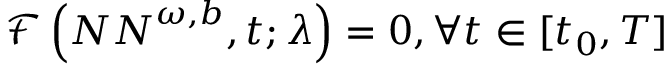
\mathcal { F } \left( { N N } ^ { \omega , b } , t ; \lambda \right) = 0 , \forall t \in [ t _ { 0 } , T ]